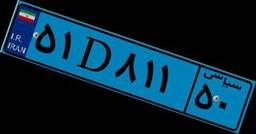
۵۱D۸۱۱۵۰